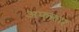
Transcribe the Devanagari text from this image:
अफ़कार